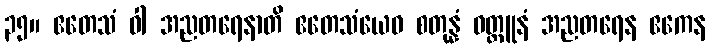
၃၅။ ဧတေသံ ဝါ အညတရေနာတိ ဧတေသံယေဝ စတုန္နံ ဝတ္ထူနံ အညတရေန ဧကေန